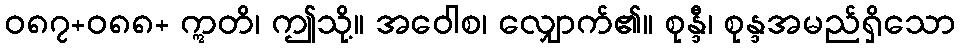
ဝ၈၇+၀၈၈+ ဣတိ၊ ဤသို့။ အဝေါစ၊ လျှောက်၏။ စုန္ဒီ၊ စုန္ဒအမည်ရှိသော